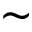
\sim